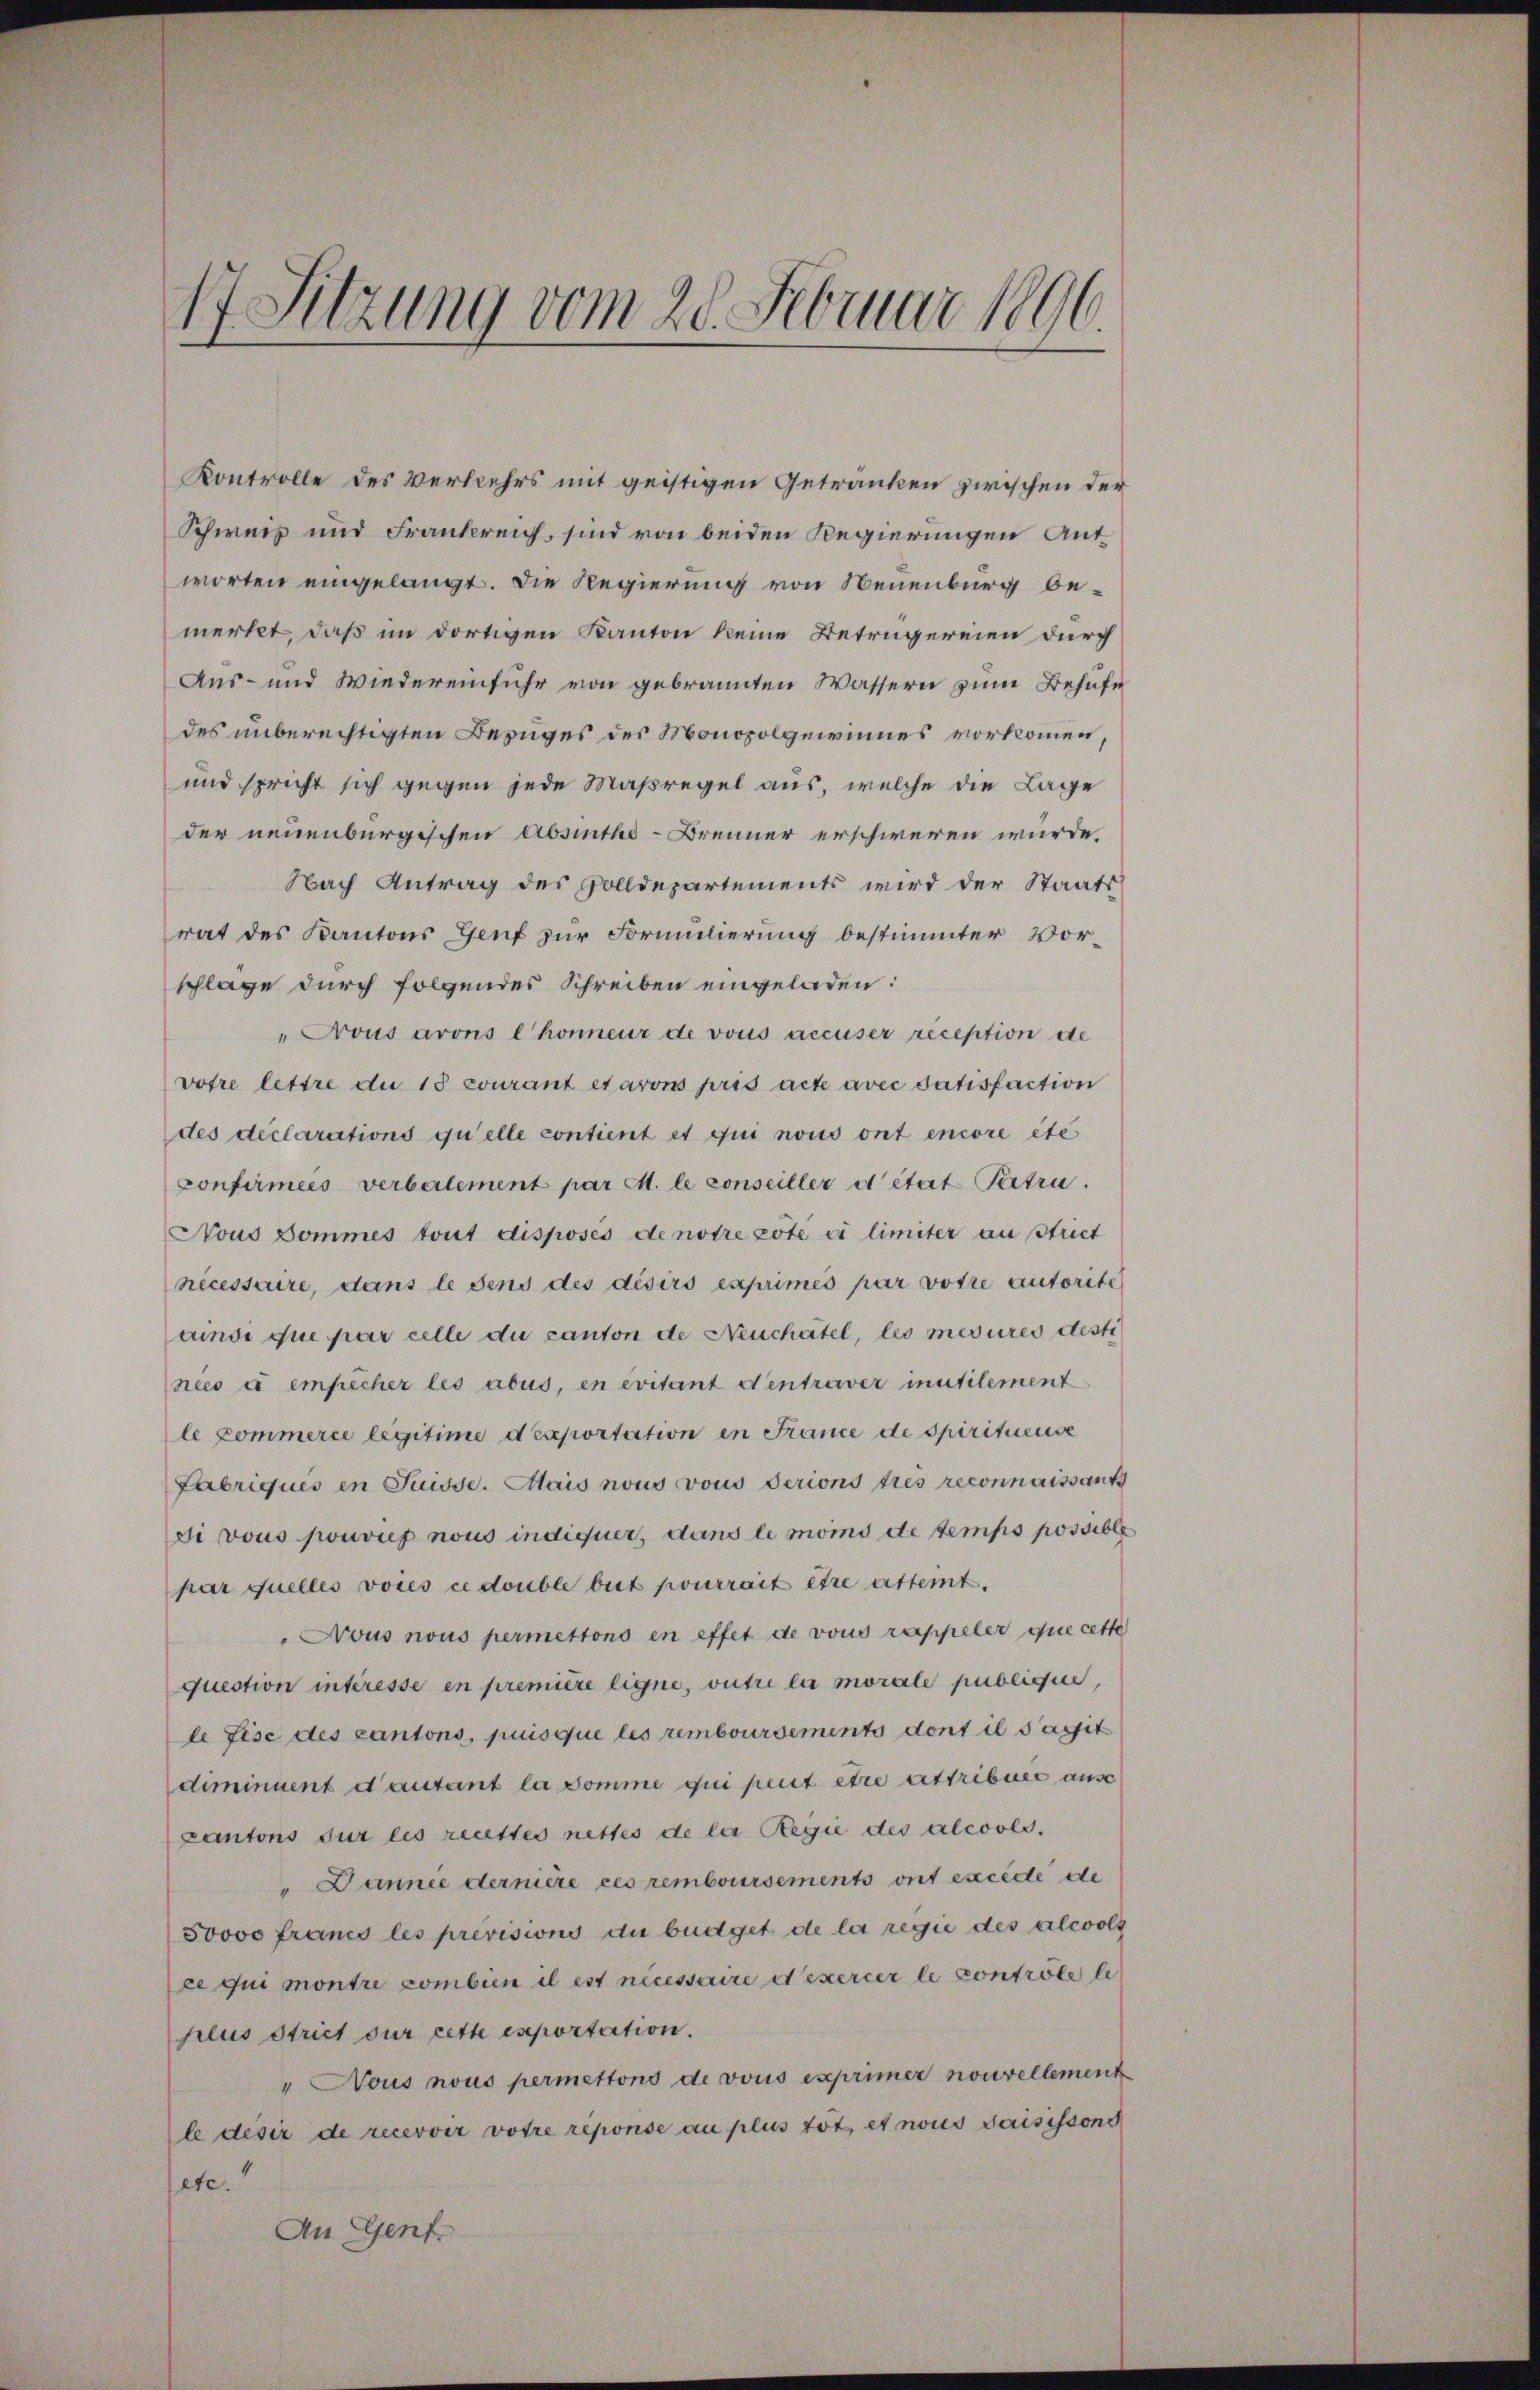
17 Sitzung vom 28. Februar 1896.

Kontrolle des Verkehrs mit geistigen Getränken zwischen der
Schweiz und Frankreich, sind von beiden Regierungen Antworten eingelangt. Die Regierung von Neuenburg bemerkt, daß im dortigen Kanton keine Betrügereien durch
Aus- und wiedereinfuhr von gebrannten Wassern zum Behufe
des unberechtigten Bezuges des Monopolgewinnes vorkommen,
und spricht sich gegen jede Maßregel aus, welche die Lage
der neuenburgischen Absinthe-Brenner erschweren würde.
Nach Antrag des Zolldepartements wird der Staats
rat des Kantons Genf zur Formulierung bestimmter Vorschlage durch folgendes Schreiben eingeladen:
"Frous arons Chonneur de vous accuser reception de
votre lettre du 18 courant et arons pris acte avec datisfaction
des declarations quelle contient et qui nous ont encore été
Confirmies verbalement par M. le conseiller d’état Petru
Nous Dommes tout disposes de notre pote vi limiter an strict
necessaire, dans le dens des désirs exprimés par votre autorite
ainsi que par celle du canton de Neuchâtel, les mesures desti
nico a empêcher les abus, en évitant den traver inutilement
le Commerce legitime dexportation in France de spirituense
Fabriquis in Suisse. Mais nous vous Perions tres reconnaissant
di vous pourief nous indiquer, dans le mois de temps possible
par quelles voies ce double beit pourrait être atteint.
Nous nous permettons en effet de vous rappeler que cette
quection interesse en première eigne, outre la morale publichen,
le Fise des Cantons, puisque les remboursements dont il s’agit
diminuent d’autant la Somme qui peut être attribuer aus
Cantons für les recettes nittes de les Regie des alcools.
" Dannée dernière ces remboursements ont excede de
50000 francs les previsions du büdget de la regie des alcols
ce qui montre combien il est nécessaire d’exercer le contrôle li
plus Strict sur cette esportation.
" Nous nous permettons de vous exprimer nouvellement
le desir de recevoir votre réponse au plus tot, et nous saisissond
etc.
An Genf.